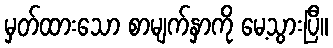
မှတ်ထားသော စာမျက်နှာကို မေ့သွားပြီ။